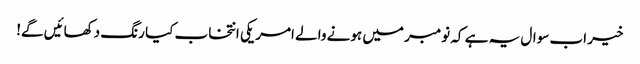
خیر اب سوال یہ ہے کہ نومبر میں ہونے والے امریکی انتخاب کیا رنگ دکھائیں گے!